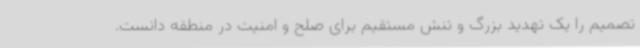
تصمیم را یک تهدید بزرگ و تنش مستقیم برای صلح و امنیت در منطقه دانست.